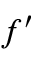
f ^ { \prime }